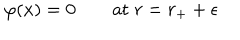
\varphi ( x ) = 0 \qquad \mathrm { a t } \; r = r _ { + } + \epsilon